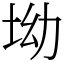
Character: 坳